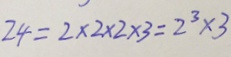
2 4 = 2 \times 2 \times 2 \times 3 = 2 ^ { 3 } \times 3